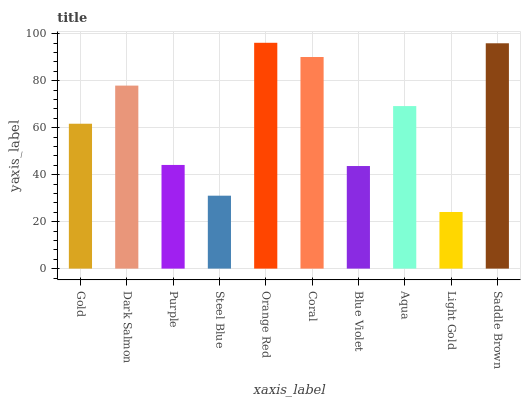
| xaxis_label | bars |
 | --- | --- |
 | Gold | 61.7 |
 | Dark Salmon | 77.9 |
 | Purple | 44.1 |
 | Steel Blue | 31 |
 | Orange Red | 96.1 |
 | Coral | 90.1 |
 | Blue Violet | 43.7 |
 | Aqua | 69.2 |
 | Light Gold | 24.1 |
 | Saddle Brown | 95.9 |